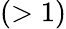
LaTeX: (>1)